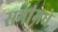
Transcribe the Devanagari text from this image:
सभांमधे